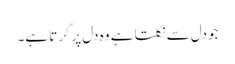
جو دل سے نکلتا ہے وہ دل پرگرتا ہے۔